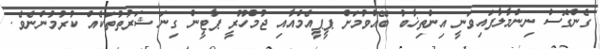
ގެންގޮސް ނިންމާލާފައިވަނީ އިންތިޚާބު ބޭއްވުމަށް ޕީޕީއެމްއާއި ޖުމްހޫރީ ޕާޓީން ގިނަ ޝަރުތުތަކެއް ކުރުމުންނެވެ.